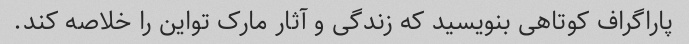
پاراگراف کوتاهی بنویسید که زندگی و آثار مارک تواین را خلاصه کند.